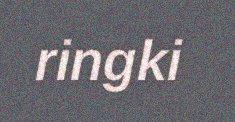
ringki